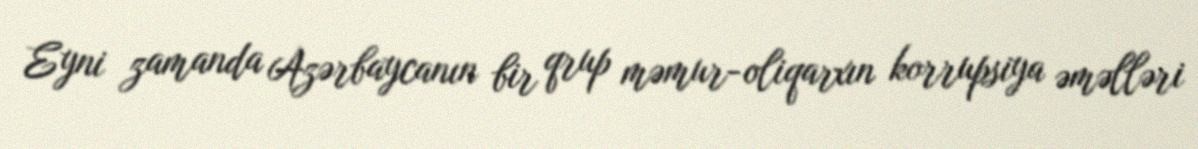
Eyni zamanda Azərbaycanın bir qrup məmur-oliqarxın korrupsiya əməlləri